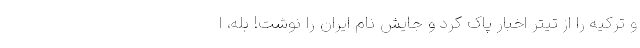
و ترکیه را از تیتر اخبار پاک کرد و جایش نام ایران را نوشت! بله، ا